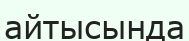
айтысында